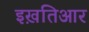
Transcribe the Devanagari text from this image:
इख़तिआर